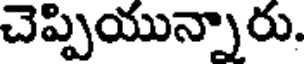
చెప్పియున్నారు.